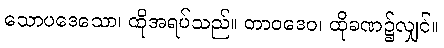
သောပဒေသော၊ ထိုအရပ်သည်။ တာဝဒေဝ၊ ထိုခဏ၌လျှင်။